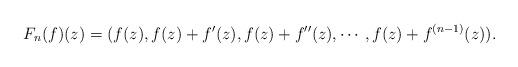
LaTeX: \begin{align*}F_n(f)(z)=(f(z),f(z)+f^{\prime}(z),f(z)+f^{\prime\prime}(z),\cdots ,f(z)+f^{(n-1)}(z)).\end{align*}